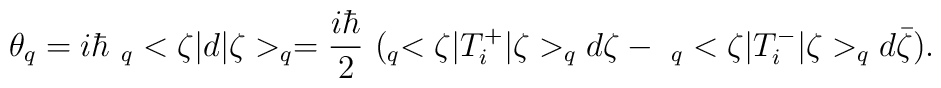
\theta_q=i\hbar \ _q<\zeta|d|\zeta>_q=\frac{i\hbar}{2}\ (_q<\zeta|T^+_i|\zeta>_q d\zeta- \ _q<\zeta|T^-_i|\zeta> _qd\bar{\zeta}) .